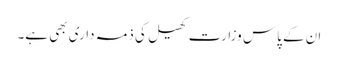
ان کے پاس وزارت کھیل کی ذمہ داری بھی ہے۔